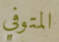
المتوفي